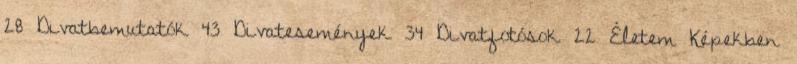
28 Divatbemutatók 43 Divatesemények 34 Divatfotósok 22 Életem Képekben